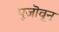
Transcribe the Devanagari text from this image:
पूजॊवून